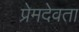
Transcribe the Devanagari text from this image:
प्रेमदेवता